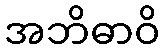
အဘိဓာဝိ